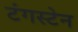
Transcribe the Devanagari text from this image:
टंगस्टेन